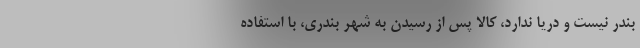
بندر نیست و دریا ندارد، کالا پس از رسیدن به شهر بندری، با استفاده